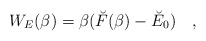
\begin{align*}W_E(\beta)=\beta (\breve{F}(\beta) - \breve{E}_0)~~~,\end{align*}